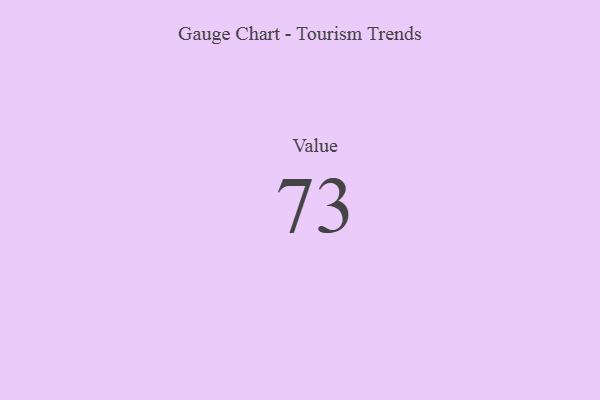
{"axis": {"x": "Metric", "y": "Value"}, "legend": [""], "data": [{"x": "Value", "y": 73, "type": ""}]}